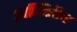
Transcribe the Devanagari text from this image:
उपस्थितीचा